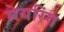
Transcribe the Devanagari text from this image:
मेयरिंग